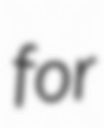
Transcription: for